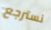
نسترجع